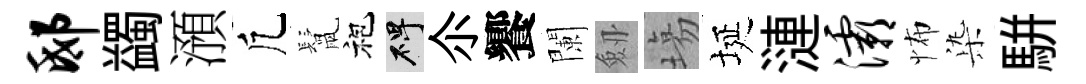
邸蠲澦凢鬛袍碑尒饗闌劔塲埏漣灞怖𣑱駢